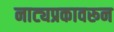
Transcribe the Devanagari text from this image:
नाट्यप्रकावरून